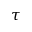
\tau